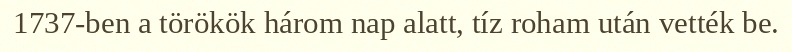
1737-ben a törökök három nap alatt, tíz roham után vették be.